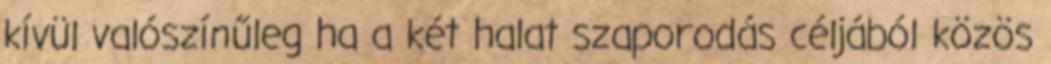
kívül valószínűleg ha a két halat szaporodás céljából közös